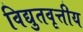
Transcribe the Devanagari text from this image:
विद्युतवृत्तीय